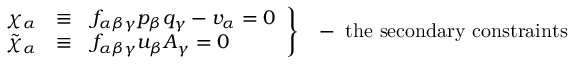
\left. \begin{array} { c c l } { { \chi _ { \alpha } } } & { { \equiv } } & { { f _ { \alpha \beta \gamma } p _ { \beta } q _ { \gamma } - v _ { \alpha } = 0 } } \\ { { \tilde { \chi } _ { \alpha } } } & { { \equiv } } & { { f _ { \alpha \beta \gamma } u _ { \beta } A _ { \gamma } = 0 } } \end{array} \right\} \; \; \; - \; \mathrm { t h e ~ s e c o n d a r y ~ c o n s t r a i n t s }